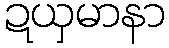
ဍယှမာနာ